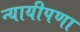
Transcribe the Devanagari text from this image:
न्यायीपणा